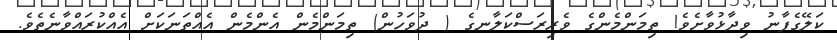
ކަލޭގެފާނު ވިދާޅުވާށެވެ! ތިމަންމެންގެ ވެރިރަސްކަލާނގެ ( ދުވަހުން) ތިމަންމެން އެންމެން އެއްތަނަކަށް އެއްކުރައްވާނެތެވެ.